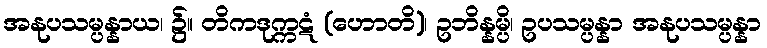
အနုပသမ္ပန္နာယ၊ ၌။ တိကဒုက္ကဋံ (ဟောတိ)၊ ဥဘိန္နမ္ပိ၊ ဥပသမ္ပန္နာ အနုပသမ္ပန္နာ